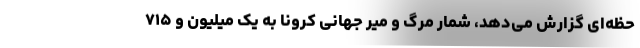
حظه‌ای گزارش می‌دهد، شمار مرگ و میر جهانی کرونا به یک میلیون و ۷۱۵